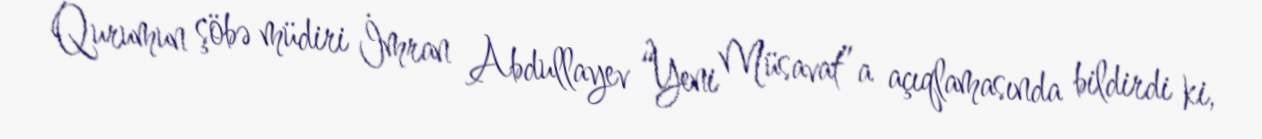
Qurumun şöbə müdiri İmran Abdullayev “Yeni Müsavat”a açıqlamasında bildirdi ki,